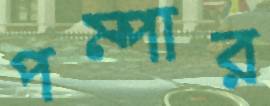
পম্পার